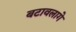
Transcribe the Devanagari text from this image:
बटावलागे